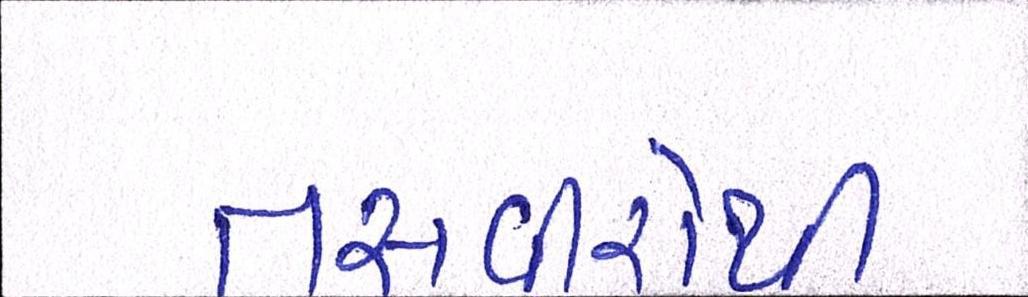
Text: તસવીરોથી